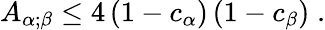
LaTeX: A_{\alpha;\beta}\leq 4\, (1-c_{\alpha})\, (1-c_{\beta})\; .